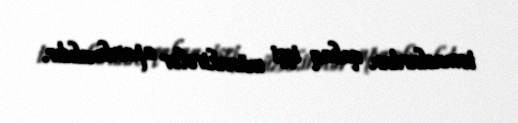
təmaslardan qabaq işçi müzakirələr aparılmalıdır.